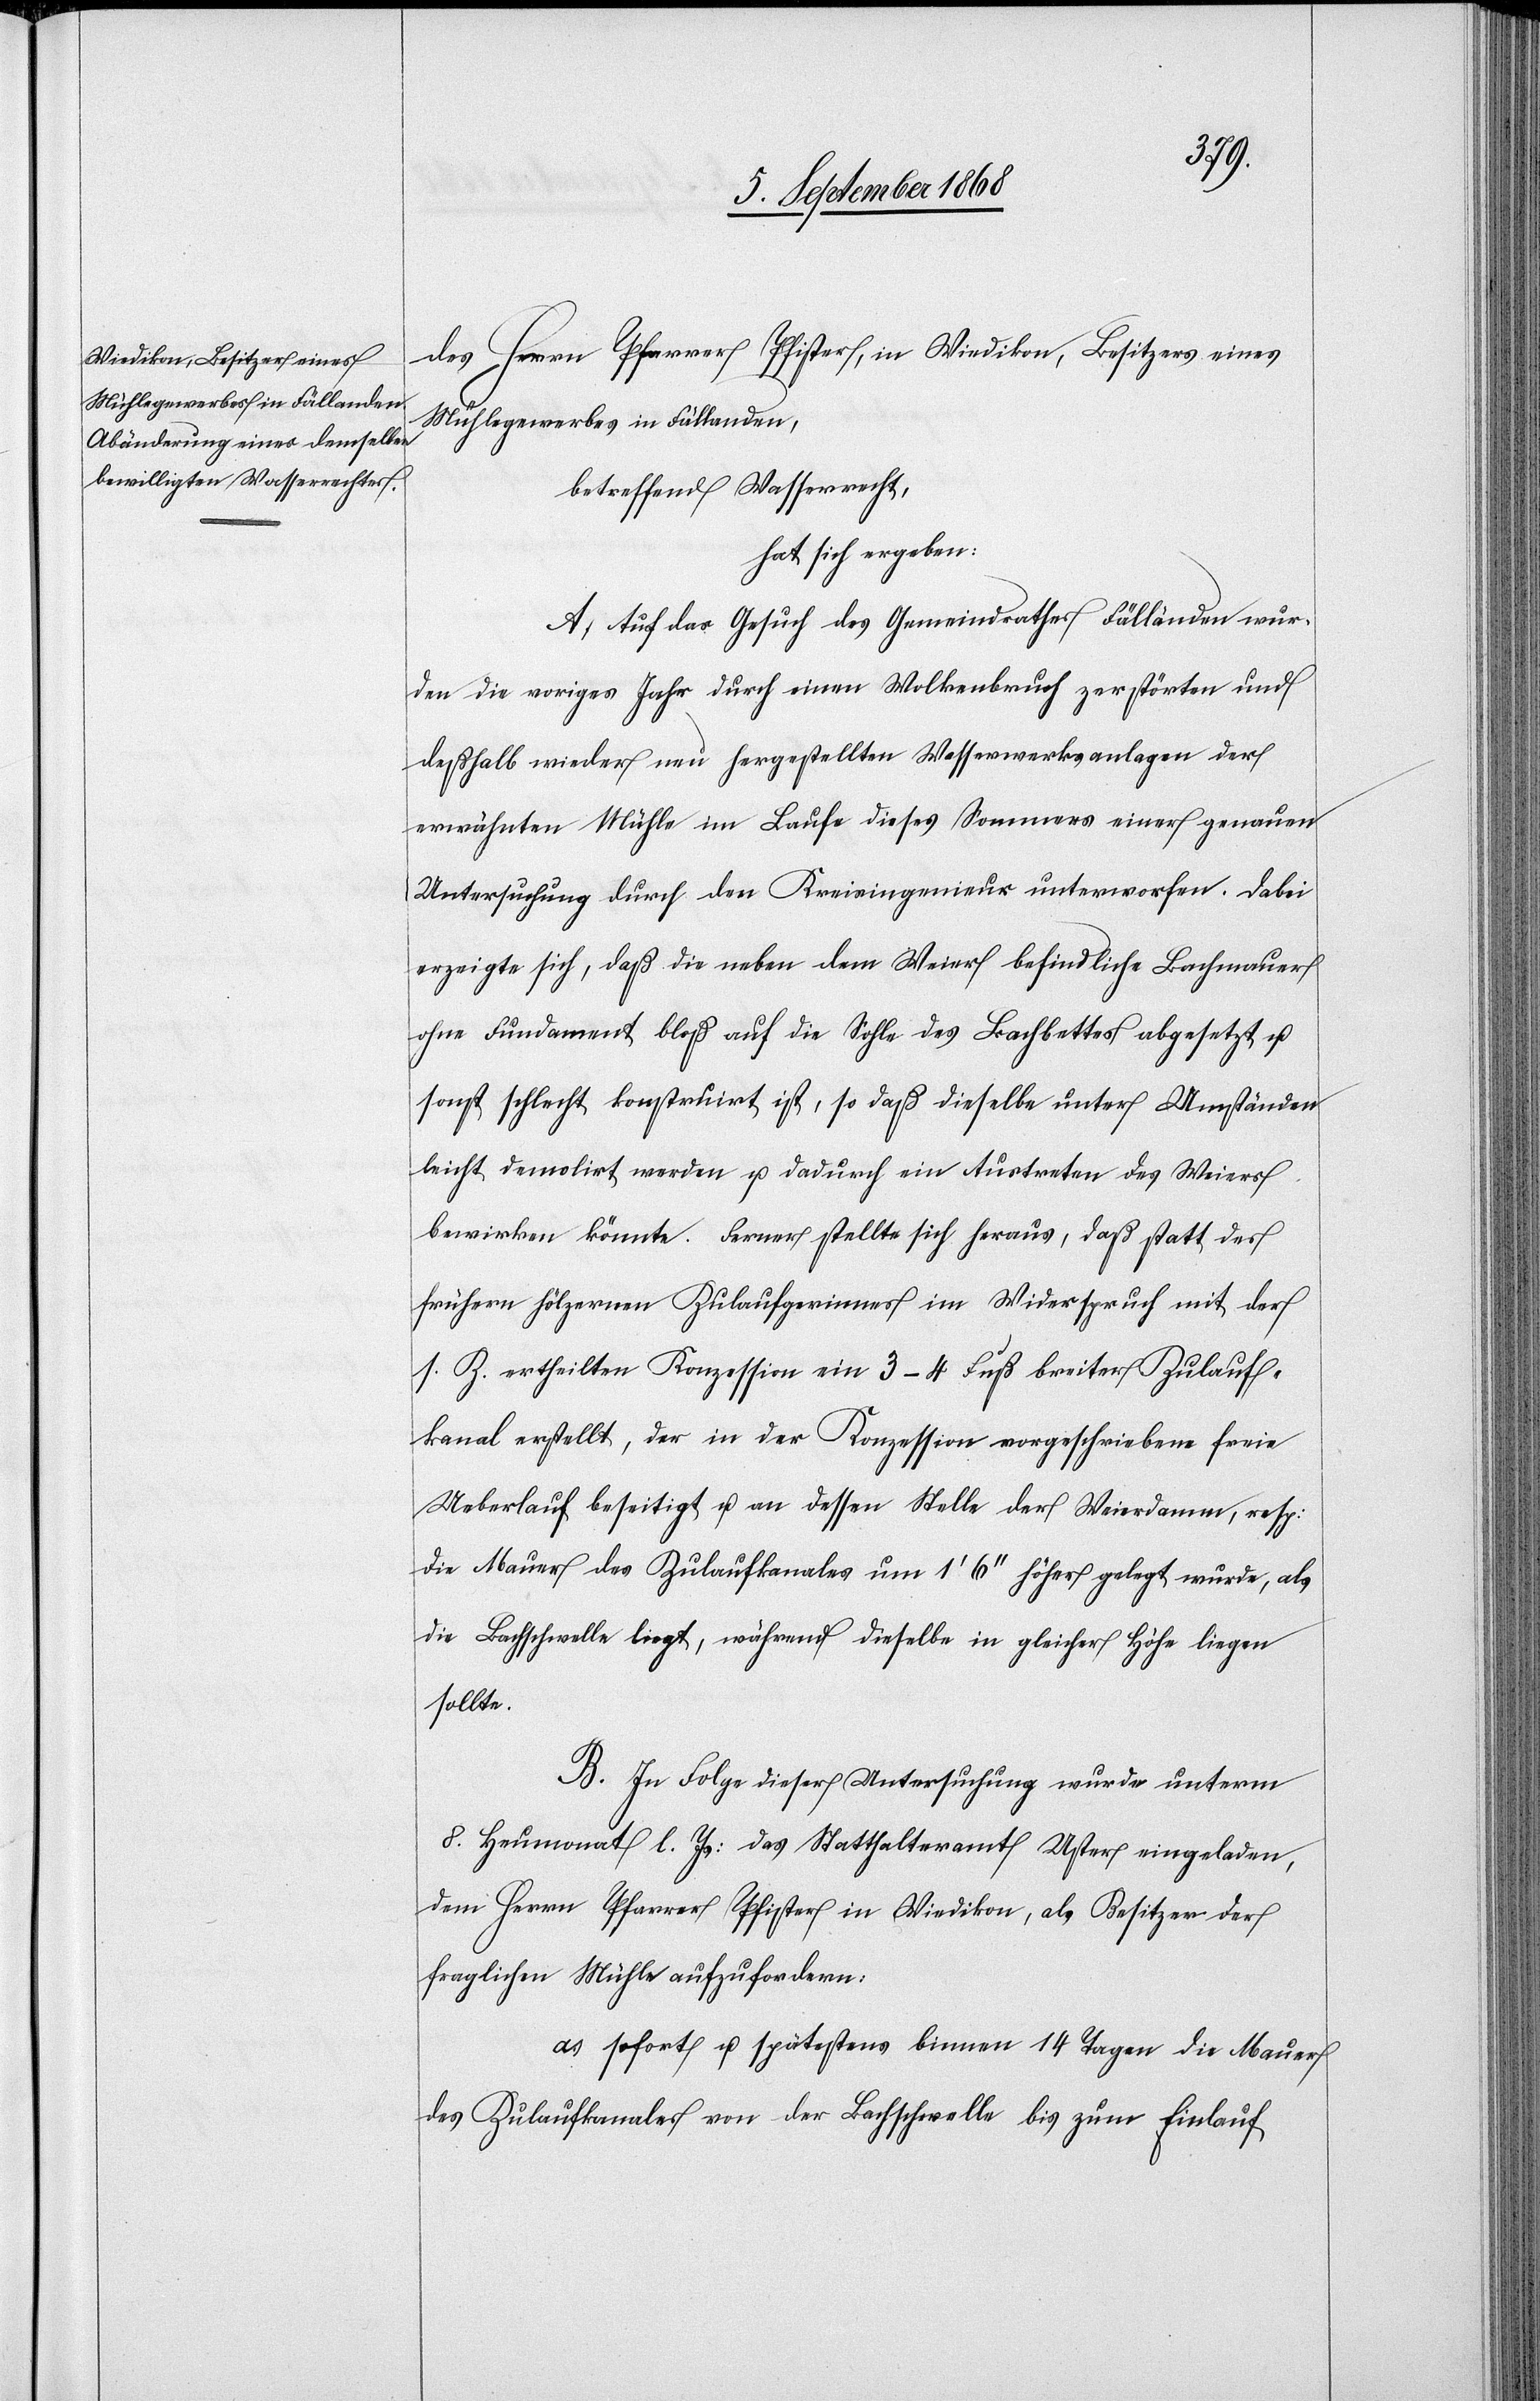
des Herrn Pfarrer Pfister, in Wiedikon, Besitzers eines
Mühlegewerbes in Fällanden,
betreffend Wasserrecht,
hat sich ergeben:
A. Auf das Gesuch des Gemeindrathes Fällanden wur¬
den die voriges Jahr durch einen Wolkenbruch zerstörten und
deßhalb wieder neu hergestellten Wasserwerksanlagen der
erwähnten Mühle im Laufe dieses Sommers einer genauen
Untersuchung durch den Kreisingenieur unterworfen. Dabei
erzeigte sich, daß die neben dem Weier befindliche Bachmauer
ohne Fundament bloß auf die Sohle des Bachbettes abgesetzt u.
sonst schlecht konstruirt ist, so daß dieselbe unter Umständen
leicht demolirt werden u. dadurch ein Austreten des Weiers
bewirken könnte. Ferner stellte sich heraus, daß statt des
frühern hölzernen Zulaufgerinnes im Widerspruch mit der
s. Z. ertheilten Konzession ein 3–4 Fuß breiter Zulauf¬
kanal erstellt, der in der Konzession vorgeschriebene freie
Ueberlauf beseitigt u. an dessen Stelle der Weierdamm, resp:
die Mauer des Zulaufkanales um 1‘ 6‘‘ höher gelegt wurde, als
die Bachschwelle liegt, während dieselbe in gleicher Höhe liegen
sollte.
B. In Folge dieser Untersuchung wurde unterm
8. Heumonat l. Js: das Statthalteramt Uster eingeladen,
Herrn Pfarrer Pfister in Wiedikon, als Besitzer der
fraglichen Mühle aufzufordern:
a.) sofort u. spätestens binnen 14 Tagen die Mauer
des Zulaufkanales von der Bachschwelle bis zum Einlauf